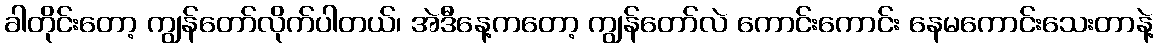
ခါတိုင်းတော့ ကျွန်တော်လိုက်ပါတယ်၊ အဲဒီနေ့ကတော့ ကျွန်တော်လဲ ကောင်းကောင်း နေမကောင်းသေးတာနဲ့